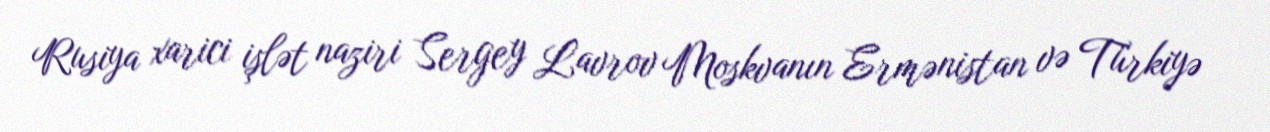
Rusiya xarici işlət naziri Sergey Lavrov Moskvanın Ermənistan və Türkiyə